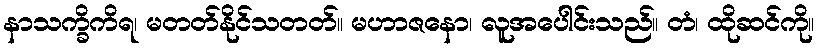
နာသက္ခိကိရ၊ မတတ်နိုင်သတတ်။ မဟာဇနော၊ လူအပေါင်းသည်။ တံ၊ ထိုဆင်ကို။